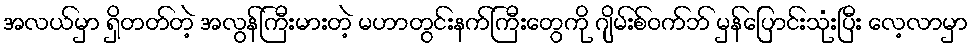
အလယ်မှာ ရှိတတ်တဲ့ အလွန်ကြီးမားတဲ့ မဟာတွင်းနက်ကြီးတွေကို ဂျိမ်းစ်ဝက်ဘ် မှန်ပြောင်းသုံးပြီး လေ့လာမှာ